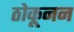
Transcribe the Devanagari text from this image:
ठोकूनन